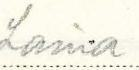
Laina